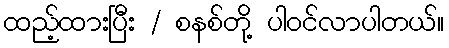
ထည့်ထားပြီး / စနစ်တို့ ပါဝင်လာပါတယ်။